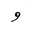
Letter: _waw